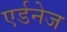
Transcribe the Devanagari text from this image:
एर्डनेज